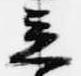
立